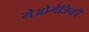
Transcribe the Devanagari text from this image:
गेओमेत्रिकी